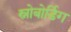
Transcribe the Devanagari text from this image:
स्नोबोर्डिग